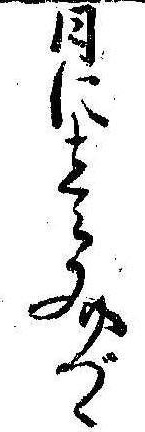
日に壱文づゝ